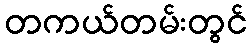
တကယ်တမ်းတွင်